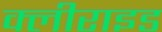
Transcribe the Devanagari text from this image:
क्लीराइड